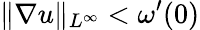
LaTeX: \| \nabla u\| _{L^{\infty}}<\omega^{\prime}(0)